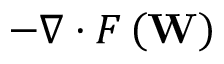
- \nabla \cdot F \left( \mathbf { W } \right)